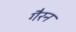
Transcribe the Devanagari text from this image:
गैरन